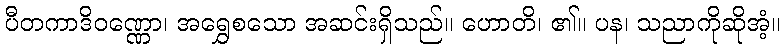
ပီတကာဒိဝဏ္ဏော၊ အရွှေစသော အဆင်းရှိသည်။ ဟောတိ၊ ၏။ ပန၊ သညာကိုဆိုအံ့။